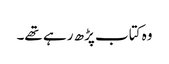
وہ کتاب پڑھ رہے تھے۔